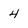
Character: 4